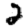
Digit: 2